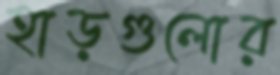
হাড়গুলোর